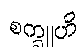
စက္ခူဟိ